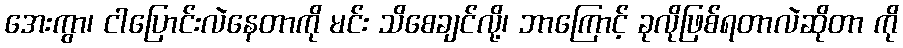
အေးကွာ၊ ငါပြောင်းလဲနေတာကို မင်း သိစေချင်လို့၊ ဘာကြောင့် ခုလိုဖြစ်ရတာလဲဆိုတာ ကို